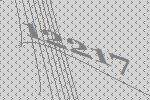
12217